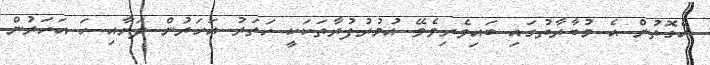
އެގޮތުން އެ މުބާރާތުގައި ބައިވެރިވެވޭ އުމުރުފުރާތަކަކީ ހަތަރު އަހަރުން ދަށާއި ހަ އަހަރުން